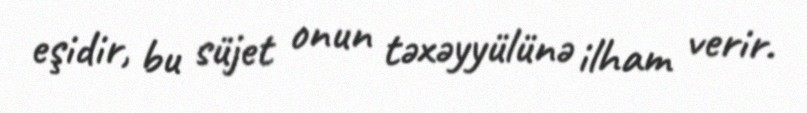
eşidir, bu süjet onun təxəyyülünə ilham verir.